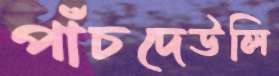
পাঁচদেউলি